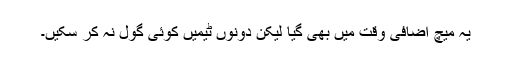
یہ میچ اضافی وقت میں بھی گیا لیکن دونوں ٹیمیں کوئی گول نہ کر سکیں۔